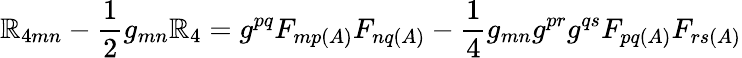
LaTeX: \mathbb{R}_{4mn}-\frac{{1}}{{2}}g_{mn}\mathbb{R}_{4}=g^{pq}F_{mp(A)}F_{nq(A)}-\frac{{1}}{{4}}g_{mn}g^{pr}g^{qs}F_{pq(A)}F_{rs(A)}